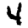
Digit: 4